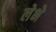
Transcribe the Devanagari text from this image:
लेभे